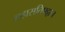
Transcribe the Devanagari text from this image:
महासतिपट्ठान